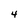
Character: 4